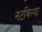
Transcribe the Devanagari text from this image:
नटविल्या